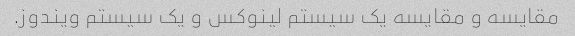
مقایسه و مقایسه یک سیستم لینوکس و یک سیستم ویندوز.